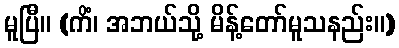
မူပြီ။ (ကိံ၊ အဘယ်သို့ မိန့်တော်မူသနည်း။)